Medical and sanitary report of the native army of Madras for the year
Year: 1872
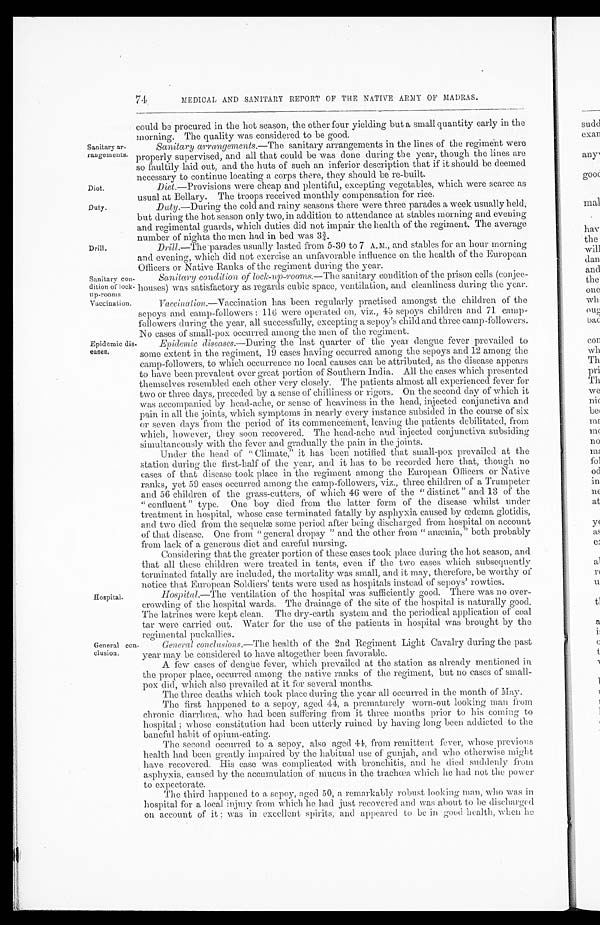
Sanitary ar
-rangements.
Diet.
Duty.
Drill.
Sanitary con
-dition of lock
-up-rooms.
Vaccination.
Epidemic dis
-eases.
Hospital.
General con
-clusion.
74
MEDICAL AND SANITARY REPORT OF THE NATIVE ARMY OF MADRAS.
could be procured in the hot season, the other four yielding but a small quantity early in the
morning. The quality was considered to be good.
Sanitary arrangements .—The sanitary arrangements in the lines of the regiment were
properly supervised, and all that could be was done during the year, though the lines are
so faultily laid out, and the huts of such an inferior description that if it should be deemed
necessary to continue locating a corps there, they should be re-built.
Diet .—Provisions were cheap and plentiful, excepting vegetables, which were scarce as
usual at Bellary. The troops received monthly compensation for rice.
Duty .—During the cold and rainy seasons there were three parades a week usually held,
but during the hot season only two, in addition to attendance at stables morning and evening
and regimental guards, which duties did not impair the health of the regiment. The average
number of nights the men had in bed was 3¾.
Drill
.—The parades usually lasted from 5-30 to 7 A.M., and stables for an hour morning
and evening, which did not exercise an unfavorable influence on the health of the European
Officers or Native Ranks of the regiment during the year.
Sanitary condition of lock-up-rooms .—The sanitary condition of the prison cells (conjee
-houses) was satisfactory as regards cubic space, ventilation, and cleanliness during the year.
Vaccination.—Vaccination has been regularly practised amongst the children of the
sepoys and camp-followers: 116 were operated on, viz., 45 sepoys children and 71 camp
-followers during the year, all successfully, excepting a sepoy's child and three camp-followers.
No cases of small-pox occurred among the men of the regiment.
Epidemic diseases .—During the last quarter of the year dengue fever prevailed to
some extent in the regiment, 19 cases having occurred among the sepoys and 12 among the
camp-followers, to which occurrence no local causes can be attributed, as the disease appears
to have been prevalent over great portion of Southern India. All the cases which presented
themselves resembled each other very closely. The patients almost all experienced fever for
two or three days, preceded by a sense of chilliness or rigors. On the second day of which it
was accompanied by head-ache, or sense of heaviness in the head, injected conjunctiva and
pain in all the joints, which symptoms in nearly every instance subsided in the course of six
or seven days from the period of its commencement, leaving the patients debilitated, from
which, however, they soon recovered. The head-ache and injected conjunctiva subsiding
simultaneously with the fever and gradually the pain in the joints.
Under the head of "Climate," it has been notified that small-pox prevailed at the
station during the first-half of the year, and it has to be recorded here that, though no
cases of that disease took place in the regiment among the European Officers or Native
ranks, yet 59 cases occurred among the camp-followers, viz., three children of a Trumpeter
and 56 children of the grass-cutters, of which 46 were of the "distinct" and 13 of the
"confluent" type. One boy died from the latter form of the disease whilst under
treatment in hospital, whose case terminated fatally by asphyxia caused by œdema glotidis,
and two died from the sequelæ some period after being discharged from hospital on account
of that disease. One from "general dropsy" and the other from "amæmia," both probably
from lack of a generous diet and careful nursing.
Considering that the greater portion of these cases took place during the hot season, and
that all these children were treated in tents, even if the two cases which subsequently
terminated fatally are included, the mortality was small, and it may, therefore, be worthy of
n o t i c e t h a t E u r o p e a n S o l d i e r s ' t e n t s w e r e u s e d a s h o s p i t a l s i n s t e a d o f s e p o y s ' r o w t i e s .
Hospital .—The ventilation of the hospital was sufficiently good. There was no over
-crowding of the hospital wards. The drainage of the site of the hospital is naturally good.
The latrines were kept clean. The dry-earth system and the periodical application of coal
tar were carried out. Water for the use of the patients in hospital was brought by the
regimental puckallies.
General conclusions .—The health of the 2nd Regiment Light Cavalry during the past
year may be considered to have altogether been favorable.
A few cases of dengue fever, which prevailed at the station as already mentioned in
the proper place, occurred among time native ranks of the regiment, but no cases of small
-pox did, which also prevailed at it for several months.
The three deaths which took place during the year all occurred in the month of May.
The first happened to a sepoy, aged 44, a prematurely worn-out looking
m a n f r o m c h r o n i c d i a r r h œ a , w h o h a d b e e n s u f f e r i n g f r o m i t t h r e e m o n t h s p r i o r t o h i s c o m i n g t o
hospital; whose constitution had been utterly ruined by having long been addicted to the
baneful habit of opium-eating.
The second occurred to a sepoy, also aged 44, from remittent fever, whose previous
health had been greatly impaired by the habitual use of gunjah, and who otherwise might
have recovered. His case was complicated with bronchitis, and he died suddenly from
asphyxia, caused by the accumulation of mucus in the trachœa which he had not the power
to expectorate.
The third happened to a sepoy, aged 50, a remarkably robust looking man, who was in
hospital for a local injury from which he had just recovered and was about to be discharged
on account of it; was in excellent spirits, and appeared to be in good health, when he